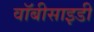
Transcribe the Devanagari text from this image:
वॉबीसाइडी